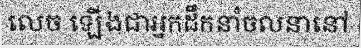
លេច ឡើងជាអ្នកដឹកនាំចលនានៅ